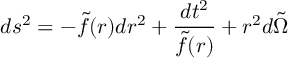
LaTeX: d s ^ { 2 } = - \tilde { f } ( r ) d r ^ { 2 } + \frac { d t ^ { 2 } } { \tilde { f } ( r ) } + r ^ { 2 } d \tilde { \Omega }